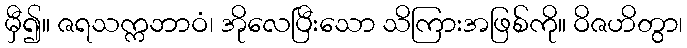
မှီ၍။ ဇရသက္ကဘာဝံ၊ အိုလေပြီးသော သိကြားအဖြစ်ကို။ ဝိဇဟိတွာ၊